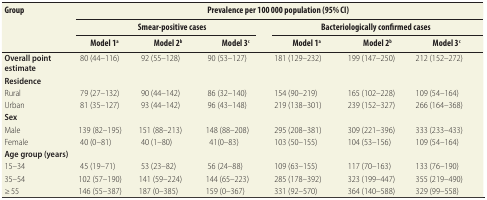
<table><thead><tr><td rowspan="3"><b>Group</b></td><td colspan="6"><b>Prevalence per 100 000 population (95% CI)</b></td></tr><tr><td colspan="3"><b>Smear-positive cases</b></td><td colspan="3"><b>Bacteriologically confirmed cases</b></td></tr><tr><td><b>Model 1<sup>a</sup></b></td><td><b>Model 2<sup>b</sup></b></td><td><b>Model 3<sup>c</sup></b></td><td><b>Model 1<sup>a</sup></b></td><td><b>Model 2<sup>b</sup></b></td><td><b>Model 3<sup>c</sup></b></td></tr></thead><tbody><tr><td><b>Overall point estimate</b></td><td>80 (44–116)</td><td>92 (55–128)</td><td>90 (53–127)</td><td>181 (129–232)</td><td>199 (147–250)</td><td>212 (152–272)</td></tr><tr><td><b>Residence</b></td><td></td><td></td><td></td><td></td><td></td><td></td></tr><tr><td>Rural</td><td>79 (27–132)</td><td>90 (44–142)</td><td>86 (32–140)</td><td>154 (90–219)</td><td>165 (102–228)</td><td>109 (54–164)</td></tr><tr><td>Urban</td><td>81 (35–127)</td><td>93 (44–142)</td><td>96 (43–148)</td><td>219 (138–301)</td><td>239 (152–327)</td><td>266 (164–368)</td></tr><tr><td><b>Sex</b></td><td></td><td></td><td></td><td></td><td></td><td></td></tr><tr><td>Male</td><td>139 (82–195)</td><td>151 (88–213)</td><td>148 (88–208)</td><td>295 (208–381)</td><td>309 (221–396)</td><td>333 (233–433)</td></tr><tr><td>Female</td><td>40 (0–81)</td><td>40 (1–80)</td><td>41(0–83)</td><td>103 (50–155)</td><td>104 (53–156)</td><td>109 (54–164)</td></tr><tr><td><b>Age group (years)</b></td><td></td><td></td><td></td><td></td><td></td><td></td></tr><tr><td>15–34</td><td>45 (19–71)</td><td>53 (23–82)</td><td>56 (24–88)</td><td>109 (63–155)</td><td>117 (70–163)</td><td>133 (76–190)</td></tr><tr><td>35–54</td><td>102 (57–190)</td><td>141 (59–224)</td><td>144 (65–223)</td><td>285 (178–392)</td><td>323 (199–447)</td><td>355 (219–490)</td></tr><tr><td>≥ 55</td><td>146 (55–387)</td><td>187 (0–385)</td><td>159 (0–367)</td><td>331 (92–570)</td><td>364 (140–588)</td><td>329 (99–558)</td></tr></tbody></table>